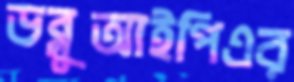
ডব্লুআইপিএর